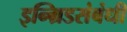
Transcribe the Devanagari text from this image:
इन्ग्रिडसंबंधी